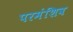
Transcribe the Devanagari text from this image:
परमंशिव